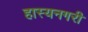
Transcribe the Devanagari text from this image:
हास्यनगरी